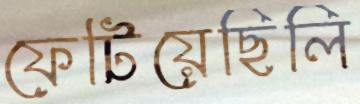
ফেটিয়েছিলি